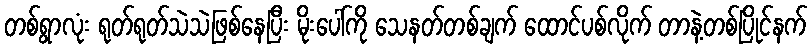
တစ်ရွာလုံး ရုတ်ရုတ်သဲသဲဖြစ်နေပြီး မိုးပေါ်ကို သေနတ်တစ်ချက် ထောင်ပစ်လိုက် တာနဲ့တစ်ပြိုင်နက်